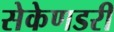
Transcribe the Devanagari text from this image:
सेकेणडरी